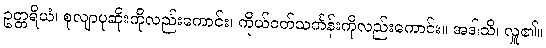
ဥတ္တရိယံ၊ စုလျာပုဆိုးကိုလည်းကောင်း၊ ကိုယ်ဝတ်သင်္ကန်းကိုလည်းကောင်း။ အဒါသိ၊ လှူ၏။